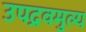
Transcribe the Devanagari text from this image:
उपद्रवमुल्य